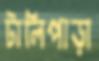
টালিপাড়া